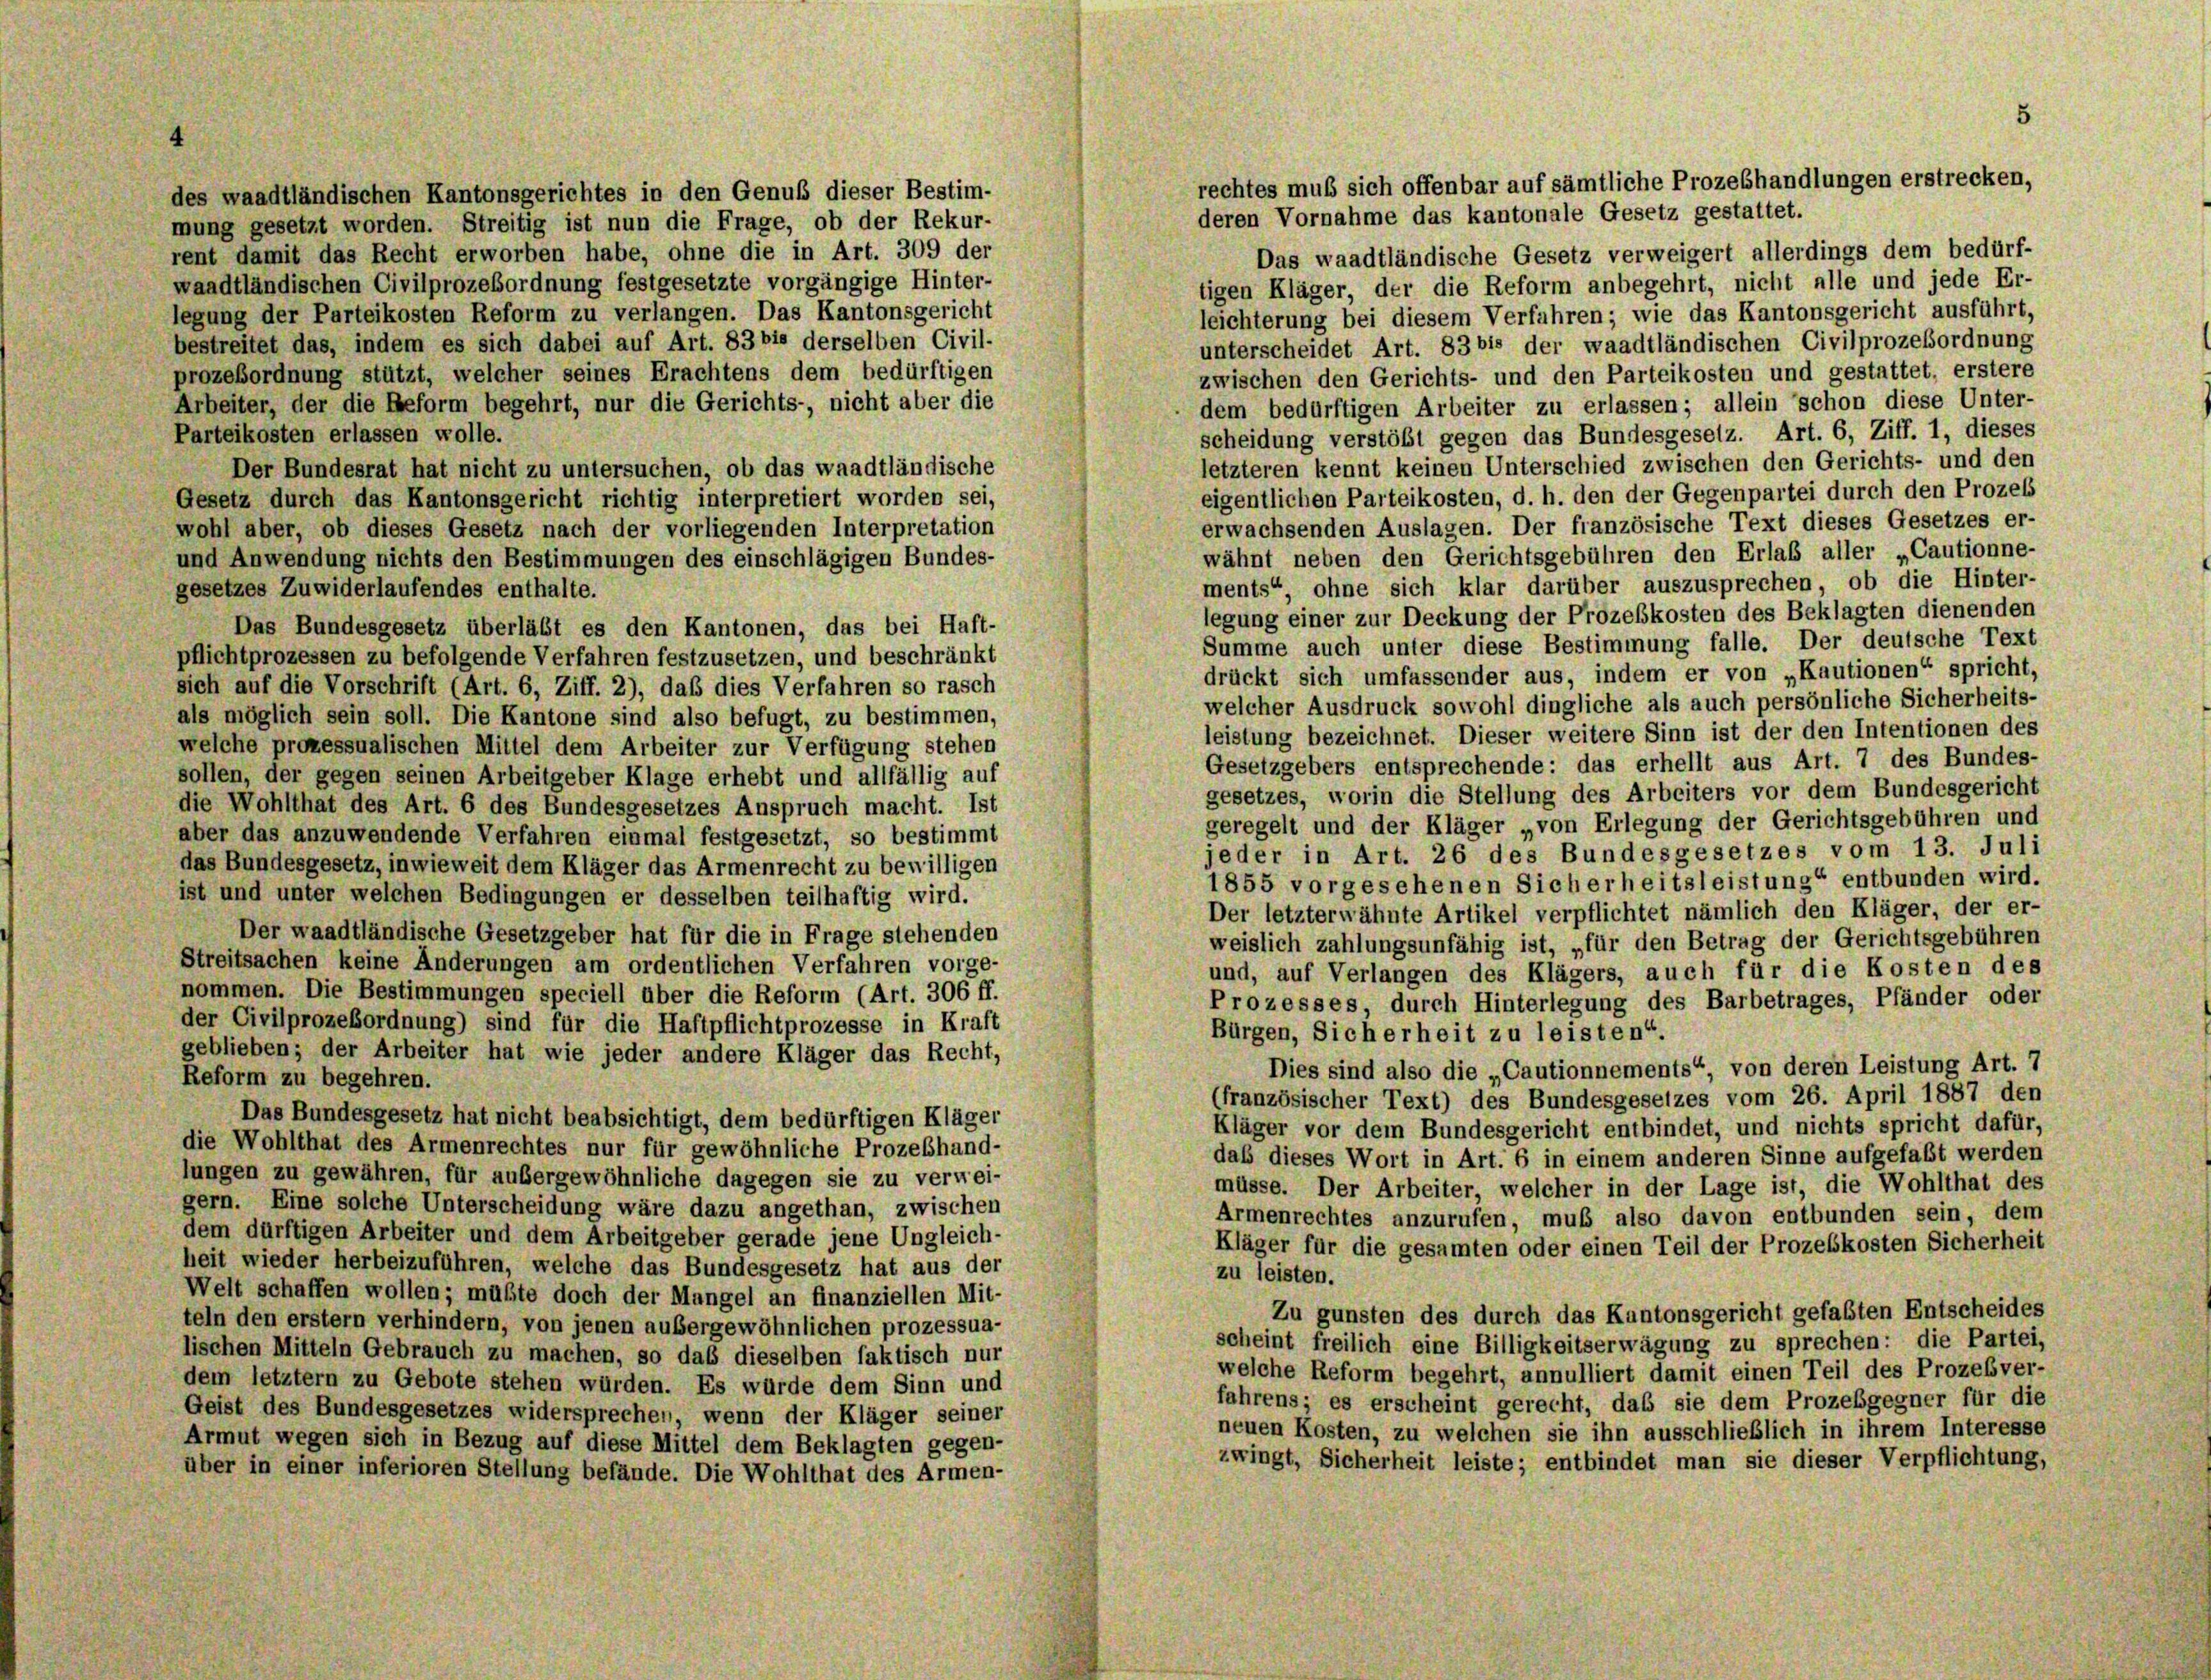
des waadtländischen Kantonsgerichtes in den Genuß dieser Bestim-
deren Vornahme das kantonale Gesetz gestattet.
mung gesetzt worden. Streitig ist nun die Frage, ob der Rekur-
rent damit das Recht erworben habe, ohne die in Art. 309 der
Das waadtländische Gesetz verweigert allerdings dem bedürf-
waadtländischen Civilprozeßordnung festgesetzte vorgängige Hinter-
tigen Kläger, der die Reform anbegehrt, nicht alle und jede Er-
legung der Parteikosten Reform zu verlangen. Das Kantonsgericht
leichterung bei diesem Verfahren; wie das Kantonsgericht ausführt,
bestreitet das, indem es sich dabei auf Art. 83 bis derselben Civil-
unterscheidet Art. 83 bis der waadtländischen Civilprozeßordnung
prozeßordnung stützt, welcher seines Erachtens dem bedürftigen
zwischen den Gerichts- und den Parteikosten und gestattet, erstere
Arbeiter, der die Beform begehrt, nur die Gerichts-, nicht aber die
dem bedürftigen Arbeiter zu erlassen; allein schon diese Unter-
Parteikosten erlassen wolle.
scheidung verstößt gegen das Bundesgesetz. Art. 6, Ziff. 1, dieses
letzteren kennt keinen Unterschied zwischen den Gerichts- und den
Der Bundesrat hat nicht zu untersuchen, ob das waadtländische
eigentlichen Parteikosten, d. h. den der Gegenpartei durch den Prozes
Gesetz durch das Kantonsgericht richtig interpretiert worden sei,
erwachsenden Auslagen. Der französische Text dieses Gesetzes er-
wohl aber, ob dieses Gesetz nach der vorliegenden Interpretation
wähnt neben den Gerichtsgebühren den Erlaß aller „Cautionne-
und Anwendung nichts den Bestimmungen des einschlägigen Bundes-
ments“, ohne sich klar darüber auszusprechen, ob die Hinter-
gesetzes Zuwiderlaufendes enthalte.
legung einer zur Deckung der Prozeßkosten des Beklagten dienenden
Das Bundesgesetz überläbt es den Kantonen, das bei Haft-
Summe auch unter diese Bestimmung falle. Der deutsche Text
pflichtprozessen zu befolgende Verfahren festzusetzen, und beschränkt
drückt sich umfassender aus, indem er von „Kautionen“ spricht,
sich auf die Vorschrift (Art. 6, Ziff. 2), daß dies Verfahren so rasch
welcher Ausdruck sowohl dingliche als auch persönliche Sicherheits-
als möglich sein soll. Die Kantone sind also befugt, zu bestimmen,
leistung bezeichnet. Dieser weitere Sinn ist der den Intentionen des
welche prozessualischen Mittel dem Arbeiter zur Verfügung stehen
Gesetzgebers entsprechende: das erhellt aus Art. 7 des Bundes-
sollen, der gegen seinen Arbeitgeber Klage erhebt und allfällig auf
gesetzes, worin die Stellung des Arbeiters vor dem Bundesgericht
die Wohlthat des Art. 6 des Bundesgesetzes Anspruch macht. Ist
geregelt und der Kläger „von Erlegung der Gerichtsgebühren und
aber das anzuwendende Verfahren einmal festgesetzt, so bestimmt
jeder in Art. 26 des Bundesgesetzes vom 13. Juli
das Bundesgesetz, inwieweit dem Kläger das Armenrecht zu bewilligen
1855 vorgesehenen Sicherheitsleistung“ entbunden wird.
ist und unter welchen Bedingungen er desselben teilhaftig wird.
Der letzterwähnte Artikel verpflichtet nämlich den Kläger, der er-
Der waadtländische Gesetzgeber hat für die in Frage stehenden
weislich zahlungsunfähig ist, „für den Betrag der Gerichtsgebühren
Streitsachen keine Änderungen am ordentlichen Verfahren vorge-
und, auf Verlangen des Klägers, auch für die Kosten des
nommen. Die Bestimmungen speciell über die Reform (Art. 306 ff.
Prozesses, durch Hinterlegung des Barbetrages, Pfänder oder
der Civilprozeßordnung) sind für die Haftpflichtprozesse in Kraft
Bürgen, Sicherheit zu leisten“.
geblieben; der Arbeiter hat wie jeder andere Kläger das Recht,
Dies sind also die „Cautionnements“, von deren Leistung Art. 7
Reform zu begehren.
(französischer Text) des Bundesgesetzes vom 26. April 1887 den
Das Bundesgesetz hat nicht beabsichtigt, dem bedürftigen Kläger
Kläger vor dem Bundesgericht entbindet, und nichts spricht dafür,
die Wohlthat des Armenrechtes nur für gewöhnliche Prozeßhand-
daß dieses Wort in Art. 6 in einem anderen Sinne aufgefaßt werden
lungen zu gewähren, für außergewöhnliche dagegen sie zu verwei-
müsse. Der Arbeiter, welcher in der Lage ist, die Wohlthat des
gern. Eine solche Unterscheidung wäre dazu angethan, zwischen
Armenrechtes anzurufen, muß also davon entbunden sein, dem
dem dürftigen Arbeiter und dem Arbeitgeber gerade jene Ungleich-
Kläger für die gesamten oder einen Teil der Prozeßkosten Sicherheit
heit wieder herbeizuführen, welche das Bundesgesetz hat aus der
zu leisten.
Welt schaffen wollen; müßte doch der Mangel an finanziellen Mit-
Zu gunsten des durch das Kantonsgericht gefaßten Entscheides
teln den erstem verhindern, von jenen ausergewöhnlichen prozessua-
scheint freilich eine Billigkeitserwägung zu sprechen: die Partei,
lischen Mitteln Gebrauch zu machen, so das dieselben faktisch nur
welche Reform begehrt, annulliert damit einen Teil des Prozeßver-
dem letztem zu Gebote stehen würden. Es würde dem Sinn und
fahrens; es erscheint gerecht, das sie dem Prozesgegner für die
Geist des Bundesgesetzes widersprechen, wenn der Kläger seiner
neuen Kosten, zu welchen sie ihn ausschließlich in ihrem Interesse
Armut wegen sich in Bezug auf diese Mittel dem Beklagten gegen-
zwingt, Sicherheit leiste; entbindet man sie dieser Verpflichtung,
über in einer inferioren Stellung befände. Die Wohlthat des Armen-

5
rechtes muß sich offenbar auf sämtliche Prozebhandlungen erstrecken,